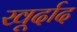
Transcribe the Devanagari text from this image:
खूर्दाद